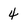
Character: 4